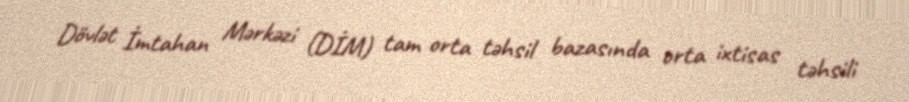
Dövlət İmtahan Mərkəzi (DİM) tam orta təhsil bazasında orta ixtisas təhsili